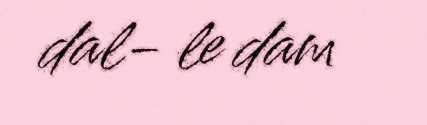
dal- le dam